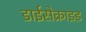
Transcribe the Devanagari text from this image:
डाईसेक्राइड